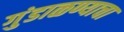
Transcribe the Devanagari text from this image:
गुंडाळण्याचा